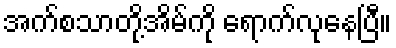
အက်စသာတို့အိမ်ကို ရောက်လုနေပြီ။